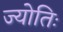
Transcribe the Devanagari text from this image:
ज्योतिः